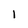
Character: 1